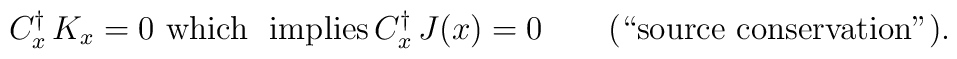
C^\dagger_x \, K_x = 0 \,\,{\rm which~~ implies}\, C^\dagger_x \, J(x) = 0  \qquad \mbox{(``source conservation'')}.